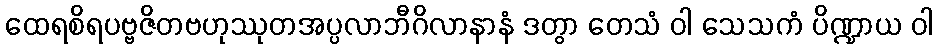
ထေရစိရပဗ္ဗဇိတဗဟုဿုတအပ္ပလာဘီဂိလာနာနံ ဒတွာ တေသံ ဝါ သေသကံ ပိဏ္ဍာယ ဝါ